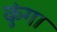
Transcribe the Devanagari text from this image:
कुंगा